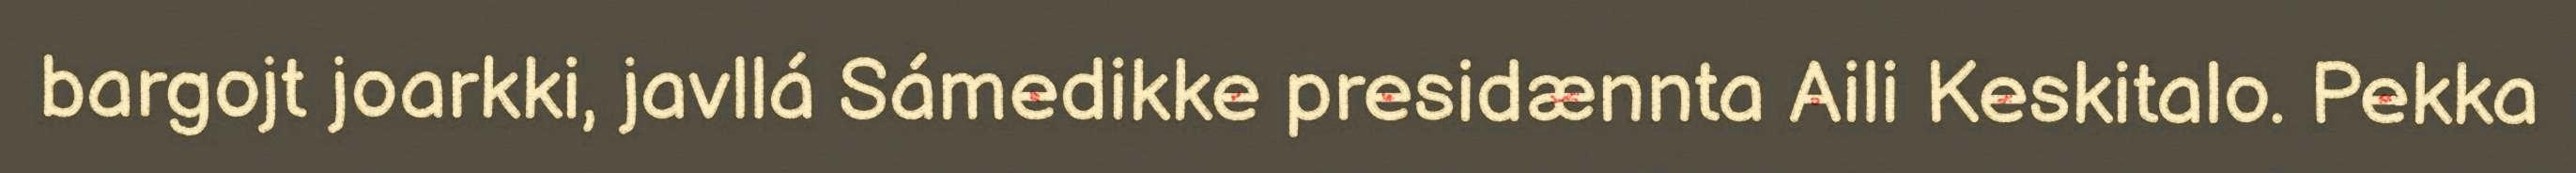
bargojt joarkki, javllá Sámedikke presidænnta Aili Keskitalo. Pekka